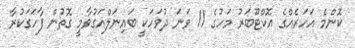
ކޮންމެ އަހަރެއްގެ އޮކްޓޫބަރު މަހުގެ 11 ވަނަ ދުވަހަކީ ބައިނަލްއަގުވާމީ ގޮތުން ފާހަގަކުރާ